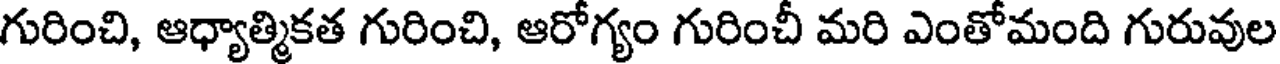
గురించి, ఆధ్యాత్మికత గురించి, ఆరోగ్యం గురించీ మరి ఎంతోమంది గురువుల